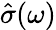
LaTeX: \hat{\sigma}(\omega)